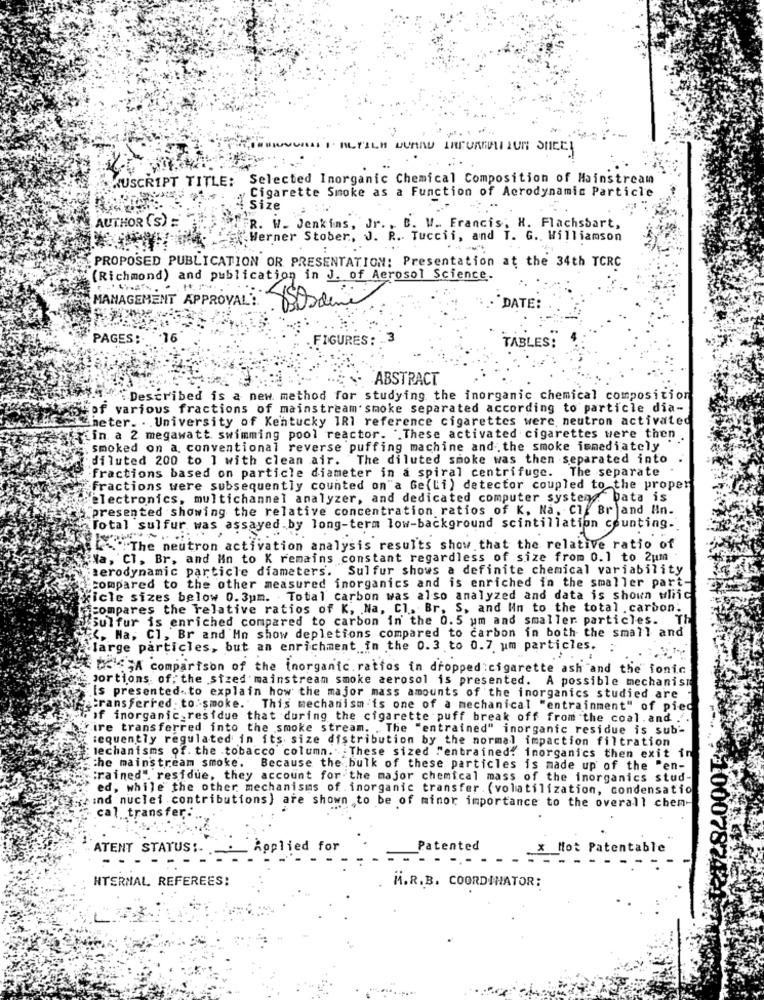
WUSCRIPT TITLE: Selected Inorganic Chemical Composition of Mainstream
Cigarette Smoke as a Function of Aerodynamic Particle
12 size
AUTHOR (S) =
FR. W. Jenkins, Jr. , B. W. Francis, H. FlachsSart,
Werner Stober, J. R. Tuccii, and T. G ., Williamson
PROPOSED PUBLICATION OR PRESENTATION: Presentation at the 34th TCRC
(Richmond) and publication in J. of Aerosol Science.
.. ..:
MANAGEMENT APPROVAL ?.
'DATE:
PAGES:
FIGURES : 3
TABLES :
. ABSTRACT
:Described is a new method for studying the inorganic chemical composition
Eof various fractions of mainstream smoke separated according to particle dia-
heter. . . University of Kentucky IR1 reference cigarettes were, neutron activated
Ein a 2 megawatt swimming pool reactor. "These activated cigarettes were then .
smoked on a conventional reverse puffing machine and the smoke immediately
diluted 200 to 1 with clean air. The diluted smoke was then separated into
fractions based on particle diameter in a spiral centrifuge. The separate
fractions were subsequently counted on"a Ge(li) detector coupled to the proper
electronics, multichannel analyzer, and dedicated computer systems. Data is
"presented showing the relative concentration ratios of K, Na, Cl. Br and Hin.
Total sulfur was assayed.by long-term low-background scintillation counting.
-The neutron activation analysis results show that the relative ratio of
Na, Cl, Br, and Mn to K remains constant regardless of size from 0.1 to 2um
merodynamic particle diameters. Sulfur shows a definite chemical variability
compared to the other measured inorganics and is enriched in the smaller part-
xicle sizes below 0. 3um. Total carbon was also analyzed and data is shown ulic
compares the relative ratios of K, Na, Cl. Br. S. and Win to the total .carbon.
[Sulfur is enriched compared to carbon in the 0.5 um and smaller particles. Th
<. Na, Cl, Br and'Mn show depletions compared to carbon in both the small and
clarge particles, but an enrichment in the 0.3 to 0.7 um particles.
A comparison of the inorganic. ratios in dropped:cigarette ash and the ionic
portions, of: the sized mainstream smoke aerosol is presented. A possible mechanism
Is presented-to explain how the major mass amounts of the inorganics studied are
transferred . to. smoke. ' This mechanism is one of a mechanical "entrainment" of pied
of inorganic residue that during the cigarette puff break off from the coal. and ..
ire transferred into the smoke stream. . The "entrained" inorganic residue is sub'
tequently regulated in its size distribution by the normal impaction filtration
mechanisms of. the tobacco column. These sized "entrained? inorganics then exit in
the mainstream smoke. Because the bulk of these particles is made up of the "en-
:rained". residue, they account for the major chemical mass of the inorganics stud-
ed, while the other mechanisms of inorganic transfer (volatilization, condensatio
gezind nuclei contributions) are shown to be of minor importance to the overall chem-
cal transfer :..
ATENT STATUS :-
ied for
Patented
_Mot Patentable
HTERNAL REFEREES:
M.R.B. COORDINATOR: